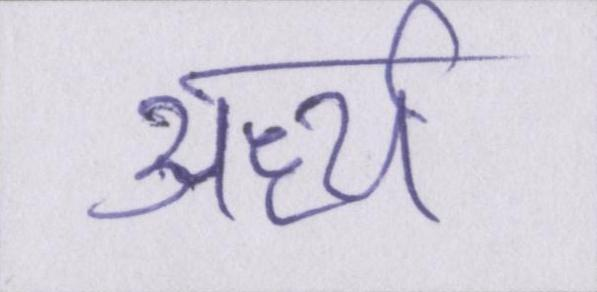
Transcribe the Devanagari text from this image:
अर्ध्य